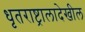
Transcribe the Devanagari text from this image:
धृतराष्ट्रालादेखील